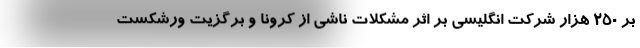
بر ۲۵۰ هزار شرکت انگلیسی بر اثر مشکلات ناشی از کرونا و برگزیت ورشکست